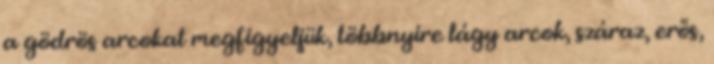
a gödrös arcokat megfigyeljük, többnyire lágy arcok, száraz, erős,